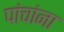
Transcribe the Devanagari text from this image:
पांचांना